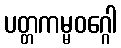
ပတ္တကမ္မဝဂ္ဂေါ